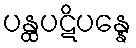
ပန္ထပဋိပန္နေ